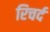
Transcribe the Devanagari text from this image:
रिचर्द